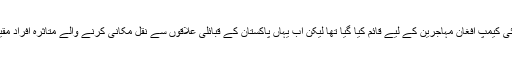
جلوزئی کیمپ افغان مہاجرین کے لیے قائم کیا گیا تھا لیکن اب یہاں پاکستان کے قبائلی علاقوں سے نقل مکانی کرنے والے متاثرہ افراد مقیم ہیں۔